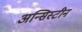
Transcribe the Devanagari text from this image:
अन्सिस्टीन